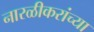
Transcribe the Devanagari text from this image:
नारळीकरांच्या